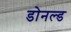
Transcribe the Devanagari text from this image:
डोनल्‍ड